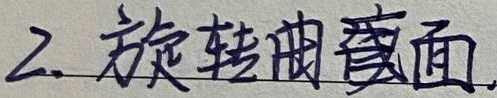
2. 旋转曲面